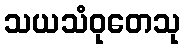
သယသံဝုတေသု